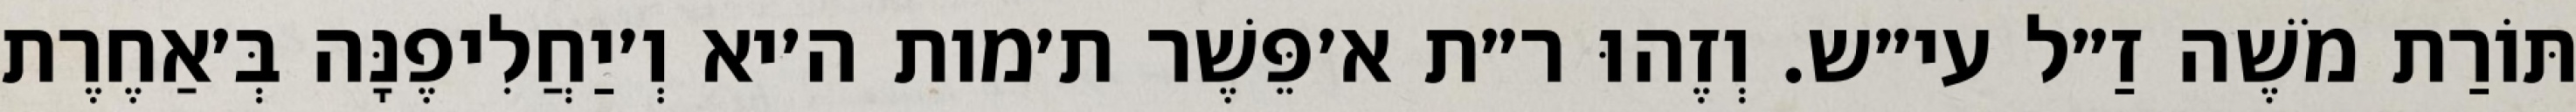
תּוֹרַת מֹשֶׁה זַ״ל עי״ש. וְזֶהוּ ר״ת א׳פֵּשֶׁר ת׳מות ה׳יא וְ׳יַחֲלִיפֶנָּה בְּ׳אַחֶרֶת